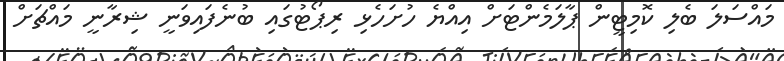
މައްސަލަ ބެލި ކޮމިޓީން ޕާލަމެންޓަށް އިއްޔެ ހުށަހެޅި ރިޕޯޓުގައި ބުނެފައިވަނީ ޝިރާނީ މައްޗަށް